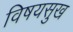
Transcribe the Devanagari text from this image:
विषयसुख